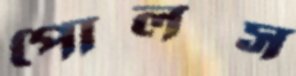
পোলস